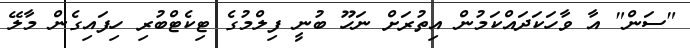
"ސަން" އާ ވާހަކަދައްކަމުން އިތުރަށް ނަހޫ ބުނީ ފިލްމުގެ ޓިކެޓްބުރި ހިފައިގެން މާލޭ